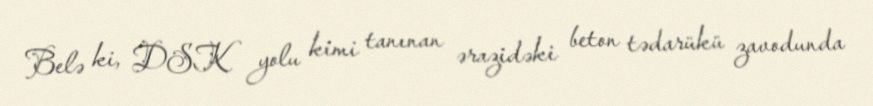
Belə ki, DSK yolu kimi tanınan ərazidəki beton tədarükü zavodunda